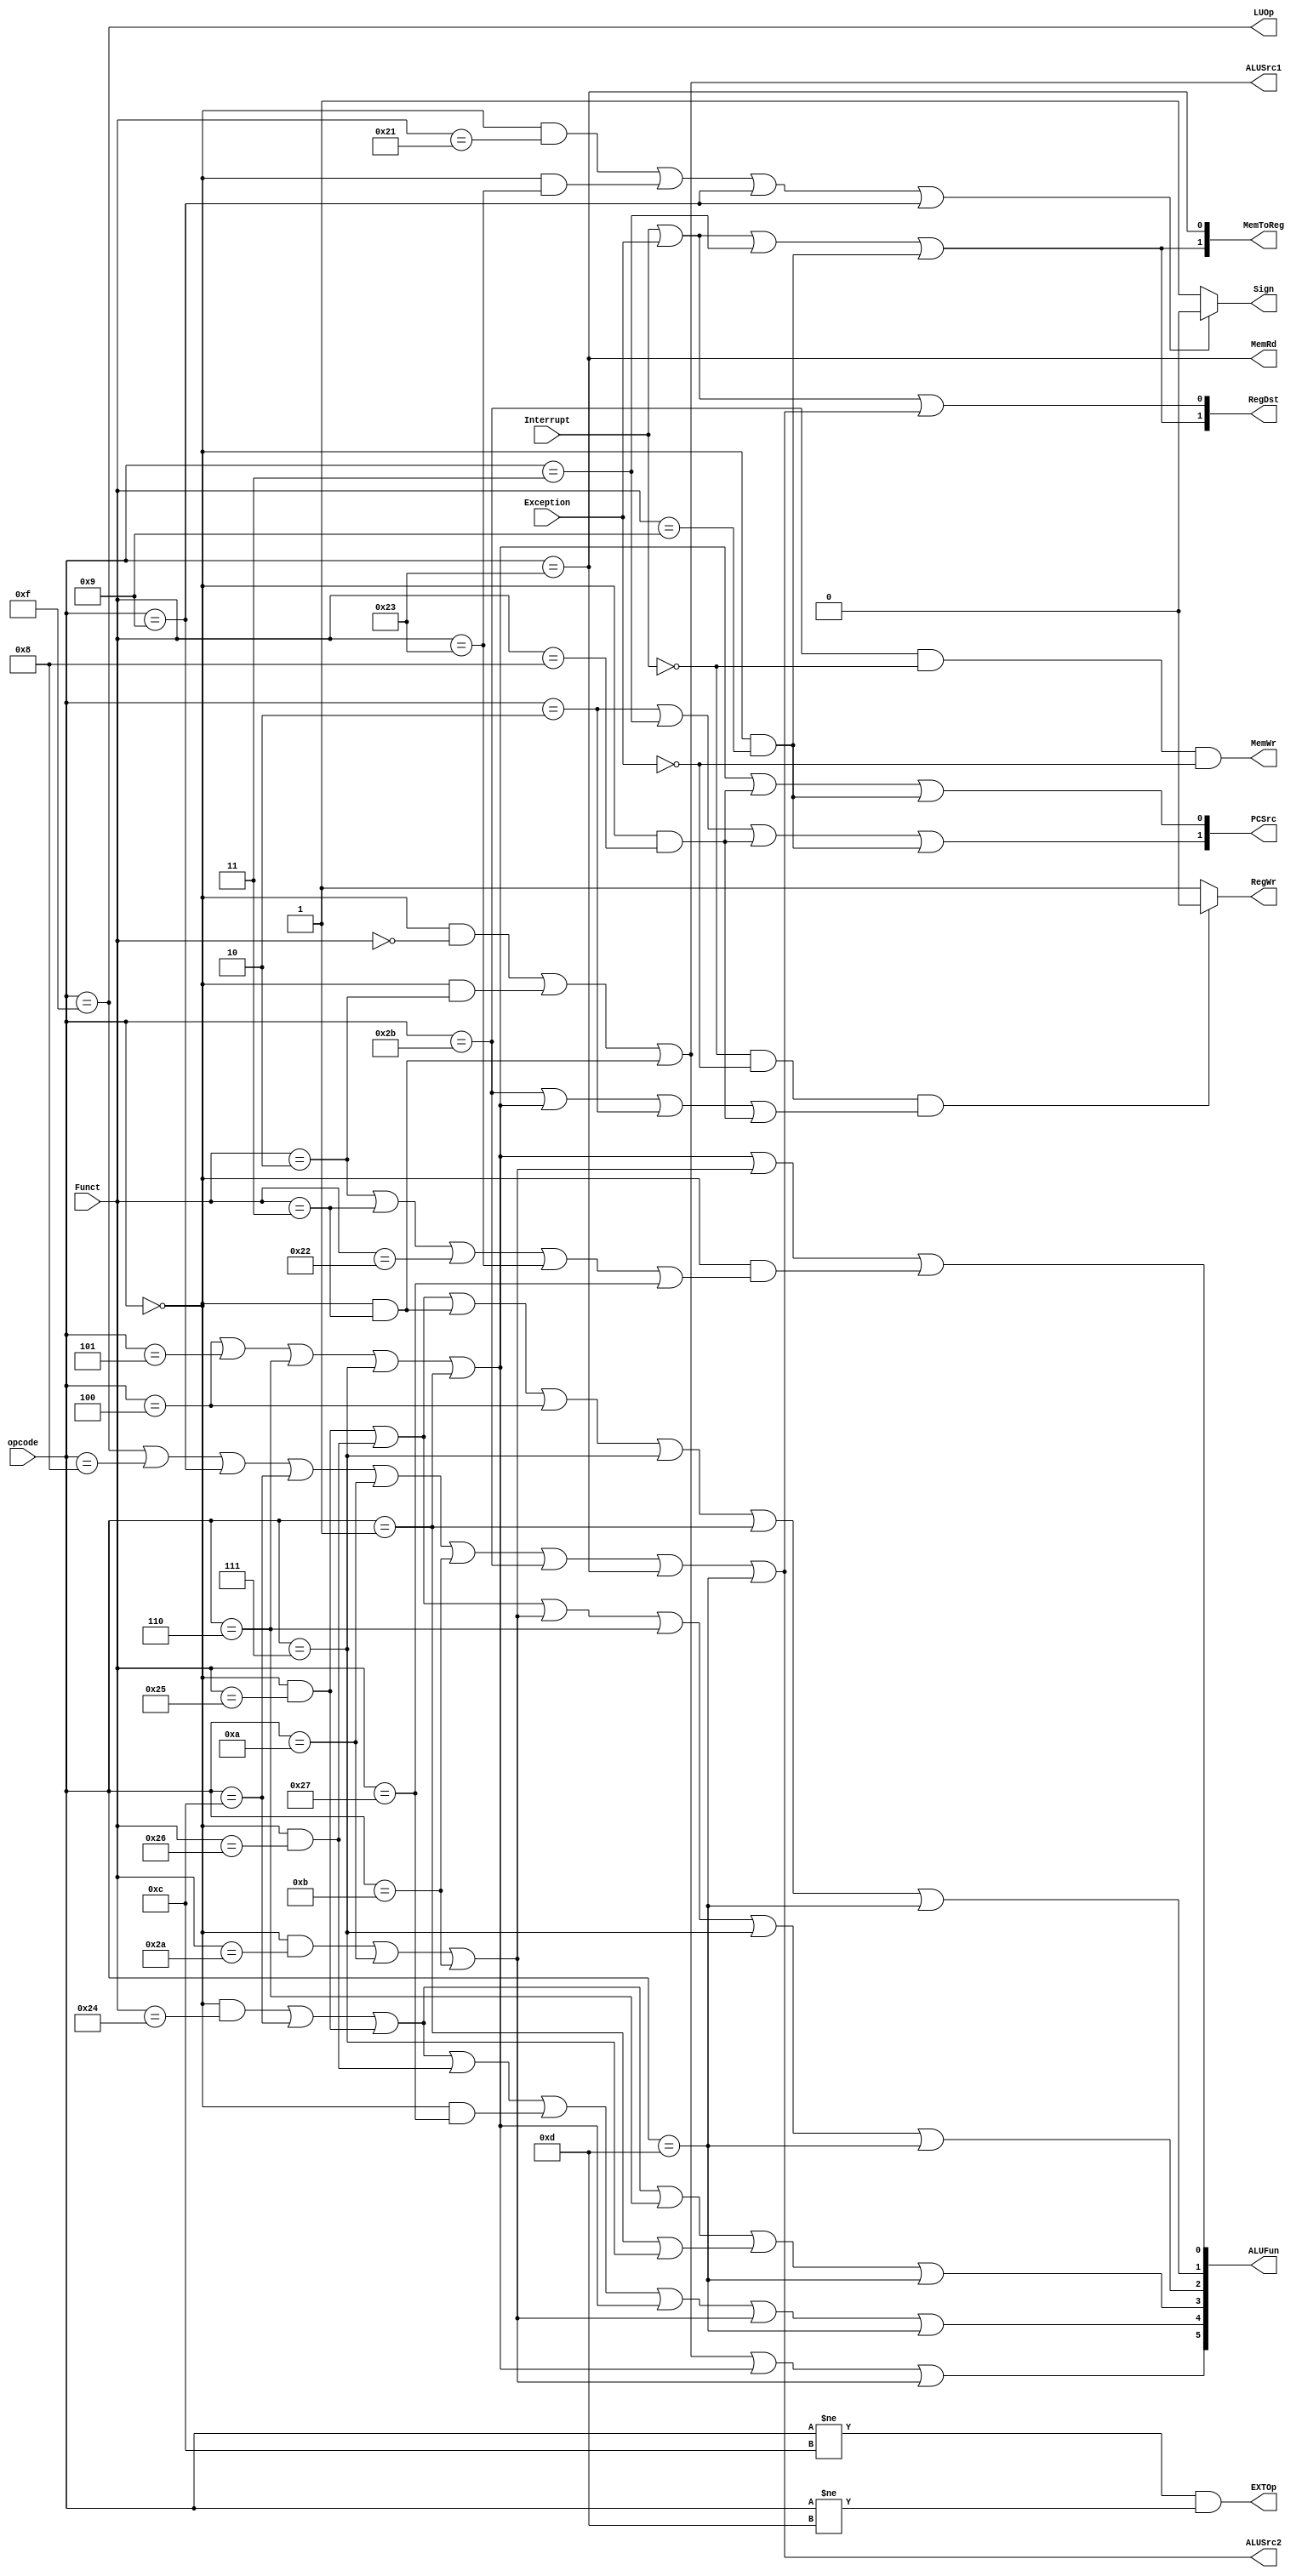
module CPU_Control(opcode,Funct,Interrupt,Exception,PCSrc,RegDst,RegWr,ALUSrc1,ALUSrc2,ALUFun,
                   Sign,MemWr,MemRd,MemToReg,EXTOp,LUOp);

input Interrupt,Exception;
output[1:0] PCSrc;
output[1:0] RegDst, MemToReg;
output[5:0] ALUFun;
output RegWr,ALUSrc1,ALUSrc2,Sign,MemWr,MemRd,EXTOp,LUOp;
input[5:0] opcode,Funct;
wire I,slt_temp,branch_temp;

//
assign I=(opcode==6'hf||opcode==6'h8||opcode==6'h9||opcode==6'hc||opcode==6'ha||opcode==6'hb||opcode==6'h2b||opcode==6'h23||opcode==6'hd);//lui,addi,addiu,andi,slti,sltiu,sw,lw,ori
assign branch_temp=(opcode==6'h4)||(opcode==6'h5)||(opcode==6'h6)||(opcode==6'h7)||(opcode==6'h1);  //beq,bne,blez,bgtz,bltz
assign slt_temp=(opcode==6'h0&&Funct==6'h2a)||(opcode==6'ha)||(opcode==6'hb);  //slt,slti,sltiu
assign RegWr=(Interrupt==0 && Exception==0 && (opcode==6'h2b||branch_temp||opcode==6'h2||opcode==6'h0&&Funct==6'h8))?0:1;//sw,beq,bne,blez,bgtz,bltz,j,jr

assign PCSrc[0]=(branch_temp||(opcode==6'h0&&Funct==6'h8)||(opcode==6'h0&&Funct==6'h9));//,jr,jalr
assign PCSrc[1]=(opcode==6'h2||opcode==6'h3||(opcode==6'h0&&Funct==6'h8)||(opcode==6'h0&&Funct==6'h9));	//j,jal,jr,jalr
assign RegDst[0]=(Interrupt||Exception||I);//I
assign RegDst[1]=(Interrupt||Exception||opcode==6'h3||(opcode==6'h0&&Funct==6'h9));//,,jal,jalr
assign EXTOp=(opcode!=6'hc&&opcode!=6'hd);//andi,ori0addi,addiu,slti,sltiu
assign LUOp=(opcode==6'hf);//lui
assign ALUSrc1=(opcode==6'h00&&Funct==6'h00)||(opcode==6'h00&&Funct==6'h02)||(opcode==6'h00&&Funct==6'h03);//sll,srl,sra
assign ALUSrc2=(I==1);//lui,addi,addiu,andi,slti,sltiu,sw,lw,ori

assign ALUFun[0]=branch_temp||slt_temp||(opcode==6'h0&&(Funct==6'h2||Funct==6'h3||Funct==6'h22||Funct==6'h23||Funct==6'h27));
//sub,subu,nor,srl,sra,slt,slti,sltiu,beq,bne,blez,bgtz,bltz
assign ALUFun[1]=(opcode==6'h0&&Funct==6'h25)||(opcode==6'h0&&Funct==6'h26)||(opcode==6'h0&&Funct==6'h3)||(opcode==6'h4)||(opcode==6'h7)||(opcode==6'h1)||(opcode==6'hd);
//or,xor,sra,beq,bgtz,bltz,ori
assign ALUFun[2]=(opcode==6'h0&&Funct==6'h25)||(opcode==6'h0&&Funct==6'h26)||slt_temp||(opcode==6'h6)||(opcode==6'h7)||(opcode==6'hd);
//or,xor,slt,slti,sltiu,blez,bgtz,ori
assign ALUFun[3]=(opcode==6'h0&&Funct==6'h24)||(opcode==6'hc)||(opcode==6'h0&&Funct==6'h25)||(opcode==6'h6)||((opcode==6'h1)||(opcode==6'h7))||(opcode==6'hd);
//and,andi,or,blez,bltz,bgtz,ori
assign ALUFun[4]=(opcode==6'h0&&Funct==6'h24)||(opcode==6'hc)||(opcode==6'h0&&Funct==6'h25)||(opcode==6'h0&&Funct==6'h26)||(opcode==6'h0&&Funct==6'h27)||branch_temp||slt_temp||(opcode==6'hd);
//and,andi,or,xor,nor,beq,bne,slt,slti,sltiu,blez,bltz,bgtz,ori
assign ALUFun[5]=(opcode==6'h0&&Funct==6'h0)||(opcode==6'h0&&Funct==6'h2)||(opcode==6'h0&&Funct==6'h3)||branch_temp||slt_temp;
//sll,srl,sra,beq,bne,slt,slti,sltiu,blez,bltz,bgtz

assign Sign=((opcode==6'h00&&Funct==6'h21)||(opcode==6'h00&&Funct==6'h23)||(opcode==6'h9)||(opcode==6'h9))?0:1;//addu,subu,addiu,sltiu
assign MemWr=(opcode==6'h2b && Interrupt==0 && Exception==0);//sw
assign MemRd=(opcode==6'h23);//lw
assign MemToReg[0]=(opcode==6'h23);//lw
assign MemToReg[1]=(Interrupt||Exception||opcode==6'h3||(opcode==6'h0&&Funct==6'h9));//,,jal,jalr

endmodule